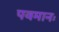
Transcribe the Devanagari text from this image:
पवमानः